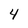
Character: 4